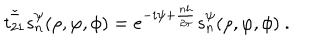
\check { \bar { t _ { 2 1 } } } s _ { n } ^ { \psi } ( \rho , \varphi , \phi ) = e ^ { - i \psi + \frac { n h } { 2 \pi } } s _ { n } ^ { \psi } ( \rho , \varphi , \phi ) ~ .